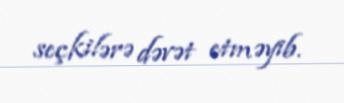
seçkilərə dəvət etməyib.